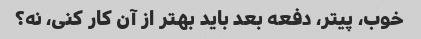
خوب، پیتر، دفعه بعد باید بهتر از آن کار کنی، نه؟